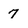
Character: 7